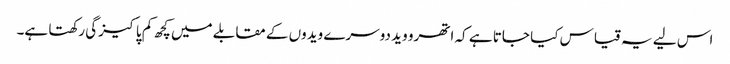
اس لیے یہ قیاس کیا جاتا ہے کہ اتھرو وید دوسرے ویدوں کے مقابلے میں کچھ کم پاکیزگی رکھتا ہے۔